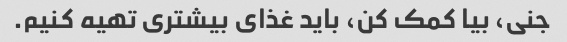
جنی، بیا کمک کن، باید غذای بیشتری تهیه کنیم.